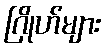
ဂြိုဟ်များ